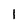
Character: 1